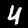
Digit: 4